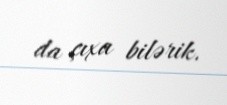
da çıxa bilərik.